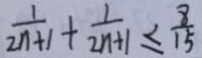
\frac { 1 } { 2 n + 1 } + \frac { 1 } { 2 n + 1 } \leq \frac { 8 } { 1 5 }